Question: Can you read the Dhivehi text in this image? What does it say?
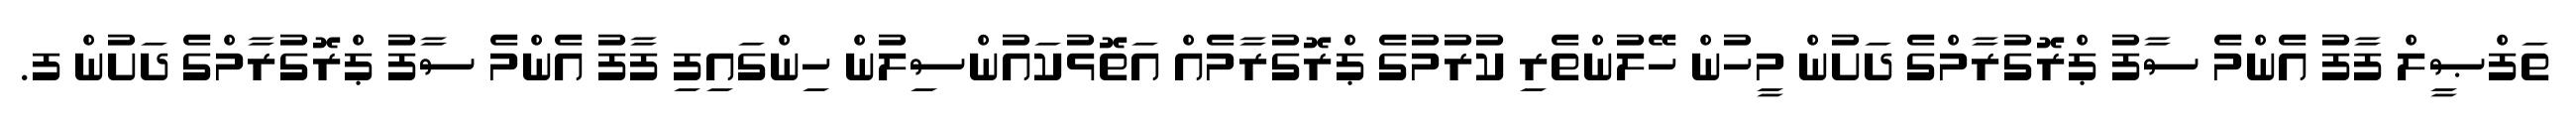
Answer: ތަފްޞީލް ފާފު އެންމެ ސާފު ޕްރޮގުރާމްގެ ދަށުން މީހުން ހޭލުންތެރި ކުރުމުގެ ޕްރޮގުރާމެއް އަތޮޅުކައުންސިލުން ހިންގައިފި ފާފު އެންމެ ސާފު ޕްރޮގުރާމްގެ ދަށުން ފ.